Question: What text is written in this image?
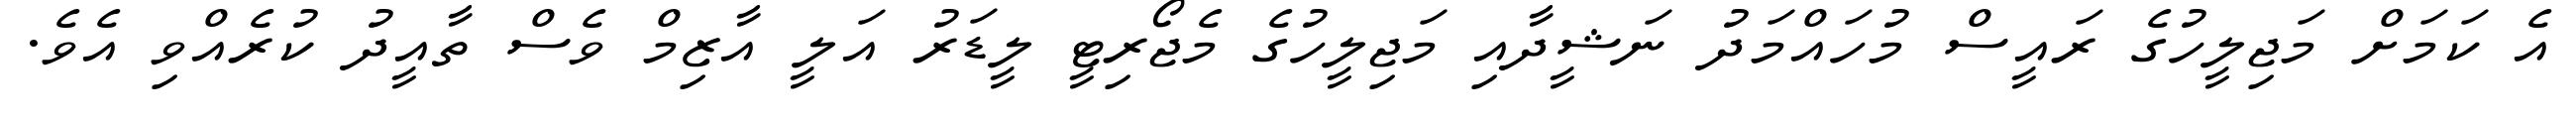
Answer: އެ ކަމަށް މަޖިލީހުގެ ރައީސް މުހައްމަދު ނަޝީދާއި މަޖިލީހުގެ މެޖޯރިޓީ ލީޑަރު އަލީ އާޒިމް ވެސް ތާއީދު ކުރެއްވި އެވެ.